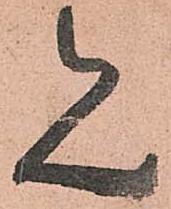
見